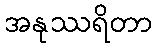
အနုဿရိတာ